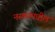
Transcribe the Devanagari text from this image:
नस्कांमधील